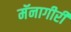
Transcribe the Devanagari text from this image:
मॅनागीरी